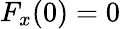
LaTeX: F_{x}(0)=0